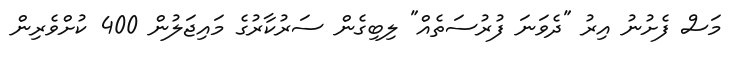
މަސް ފެށުނު އިރު "ދެވަނަ ފުރުސަތެއް" ލިބިގެން ސަރުކާރުގެ މައިޖަލުން 400 ކުށްވެރިން